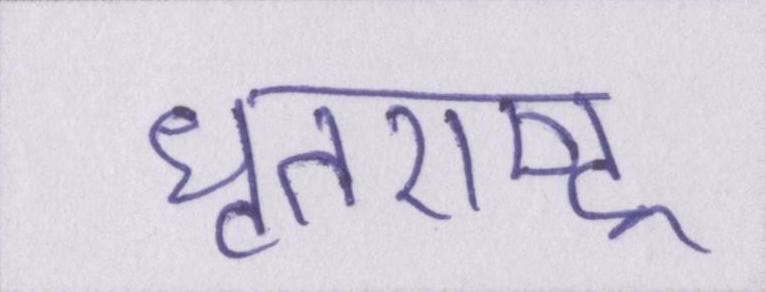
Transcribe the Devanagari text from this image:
धृतराष्ट्र